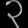
Digit: ၃